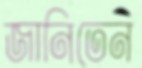
জানিতেন